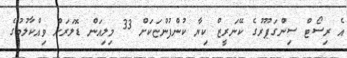
އެ ރިސޯޓް ސިންގަޕޫރުގެ ކޭނަރީޒް ކިޔާ ކުންފުންޏަކަށް 33 މިލިއަން ޑޮލަރަށް ވިއްކާލުމުގެ